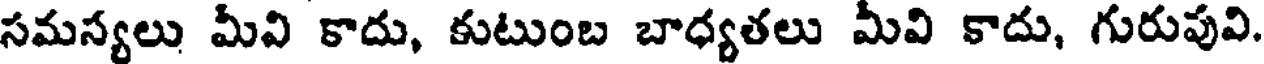
సమస్యలు మీవి కాదు, కుటుంబ బాధ్యతలు మీవి కాదు, గురుపువి.